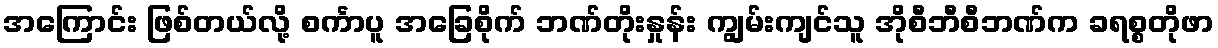
အကြောင်း ဖြစ်တယ်လို့ စင်္ကာပူ အခြေစိုက် ဘဏ်တိုးနှုန်း ကျွမ်းကျင်သူ အိုစီဘီစီဘဏ်က ခရစ္စတိုဖာ